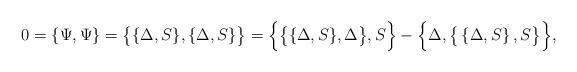
LaTeX: \begin{align*} 0 = \{\Psi,\Psi\} = \big\{\{\Delta,S\},\{\Delta,S\}\big\} = \Big\{\big\{\{\Delta,S\},\Delta\big\},S\Big\}-\Big\{\Delta,\big\{\left\{\Delta,S\right\},S\big\}\Big\}, \end{align*}